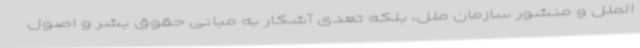
الملل و منشور سازمان ملل، بلکه تعدی آشکار به مبانی حقوق بشر و اصول